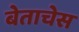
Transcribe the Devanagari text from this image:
बेताचेस